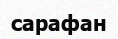
сарафан